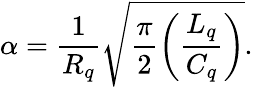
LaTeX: \alpha=\frac{1}{R_{q}}\sqrt{\frac{\pi}{2}\left(\frac{L_{q}}{C_{q}}\right)}.